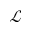
\mathcal { L }